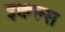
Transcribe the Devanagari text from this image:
इक्वल्स